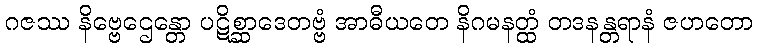
ဂဇဿ နိဗ္ဗေဌေန္တော ပဋိစ္ဆာဒေတဗ္ဗံ အာဓီယတေ နိဂမနတ္ထံ တဒနန္တရာနံ ဇဟတော